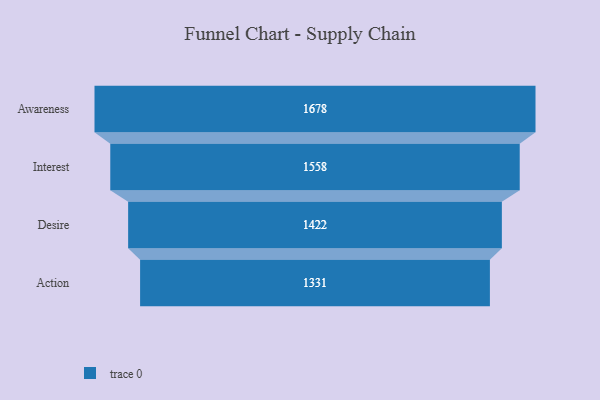
{"axis": {"x": "Stage", "y": "Value"}, "legend": [""], "data": [{"x": "Awareness", "y": 1678.0, "type": ""}, {"x": "Interest", "y": 1558.0, "type": ""}, {"x": "Desire", "y": 1422.0, "type": ""}, {"x": "Action", "y": 1331.0, "type": ""}]}